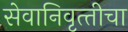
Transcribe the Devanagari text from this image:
सेवानिवृत्‍तीचा